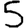
Digit: 5